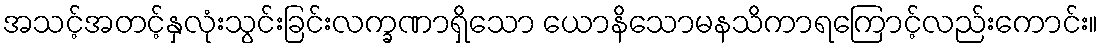
အသင့်အတင့်နှလုံးသွင်းခြင်းလက္ခဏာရှိသော ယောနိသောမနသိကာရကြောင့်လည်းကောင်း။